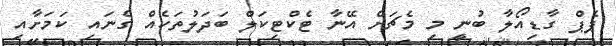
ޕެޕް ގާޑިއޯލާ ބުނީ މި މެޗަށް އޭނާ ޓެކްޓިކަލް ބަދަލުތަކެއް ގެނައި ކަމަށާއި